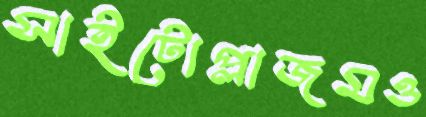
সাইটোপ্লাজমও